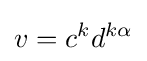
v=c^{k}d^{k\alpha }